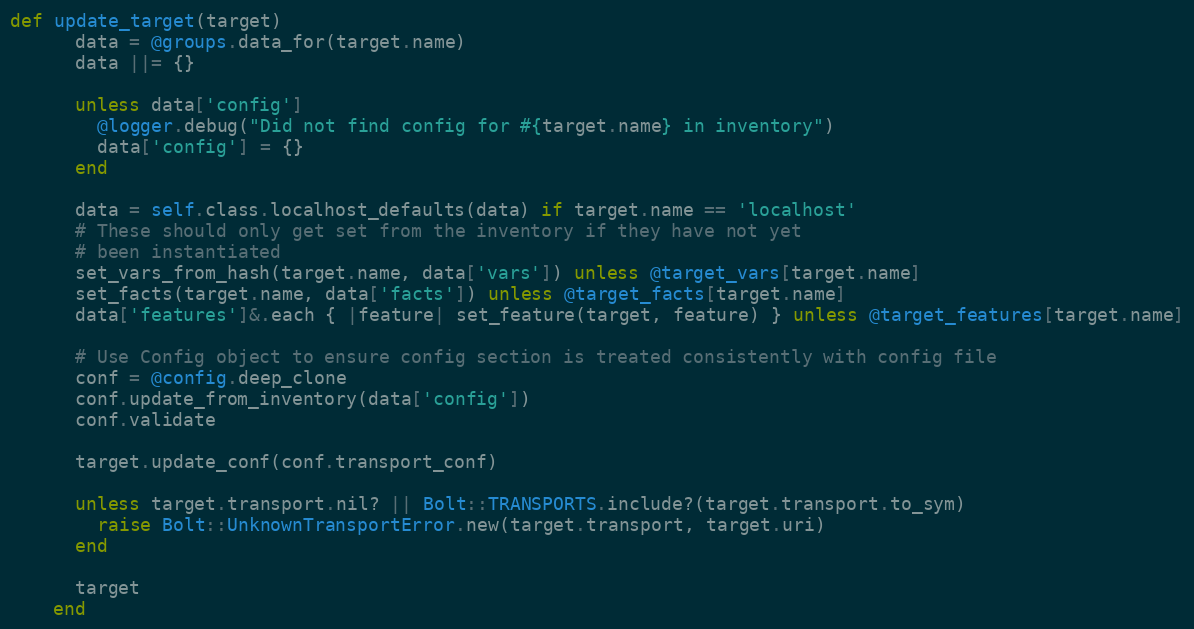
Language: Ruby
def update_target(target)
      data = @groups.data_for(target.name)
      data ||= {}

      unless data['config']
        @logger.debug("Did not find config for #{target.name} in inventory")
        data['config'] = {}
      end

      data = self.class.localhost_defaults(data) if target.name == 'localhost'
      # These should only get set from the inventory if they have not yet
      # been instantiated
      set_vars_from_hash(target.name, data['vars']) unless @target_vars[target.name]
      set_facts(target.name, data['facts']) unless @target_facts[target.name]
      data['features']&.each { |feature| set_feature(target, feature) } unless @target_features[target.name]

      # Use Config object to ensure config section is treated consistently with config file
      conf = @config.deep_clone
      conf.update_from_inventory(data['config'])
      conf.validate

      target.update_conf(conf.transport_conf)

      unless target.transport.nil? || Bolt::TRANSPORTS.include?(target.transport.to_sym)
        raise Bolt::UnknownTransportError.new(target.transport, target.uri)
      end

      target
    end